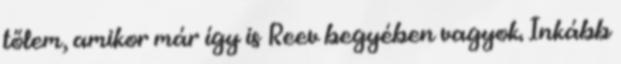
tőlem, amikor már így is Reev begyében vagyok. Inkább